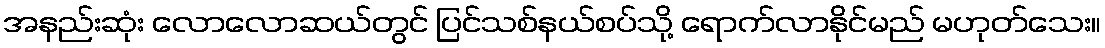
အနည်းဆုံး လောလောဆယ်တွင် ပြင်သစ်နယ်စပ်သို့ ရောက်လာနိုင်မည် မဟုတ်သေး။